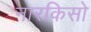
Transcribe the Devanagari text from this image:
नारकिसो